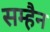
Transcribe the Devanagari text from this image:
सम्हैन